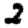
Digit: 2